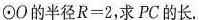
\odot O的半径$$R = 2$$，求PC的长.